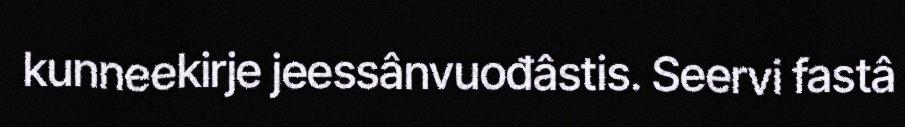
kunneekirje jeessânvuođâstis. Seervi fastâ